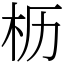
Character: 枥